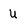
Character: u